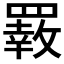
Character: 𦌙